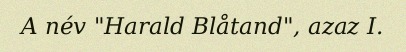
A név "Harald Blåtand", azaz I.